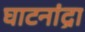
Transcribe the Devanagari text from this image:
घाटनांद्रा